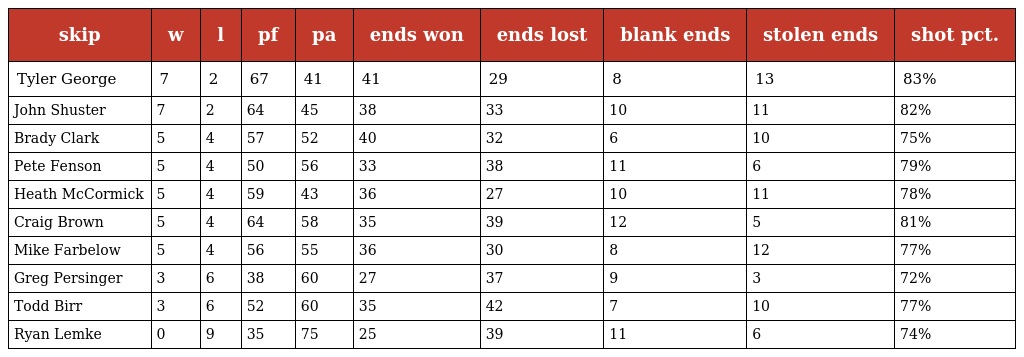
| skip | w | l | pf | pa | ends won | ends lost | blank ends | stolen ends | shot pct. |
 | --- | --- | --- | --- | --- | --- | --- | --- | --- | --- |
 | Tyler George | 7 | 2 | 67 | 41 | 41 | 29 | 8 | 13 | 83% |
 | John Shuster | 7 | 2 | 64 | 45 | 38 | 33 | 10 | 11 | 82% |
 | Brady Clark | 5 | 4 | 57 | 52 | 40 | 32 | 6 | 10 | 75% |
 | Pete Fenson | 5 | 4 | 50 | 56 | 33 | 38 | 11 | 6 | 79% |
 | Heath McCormick | 5 | 4 | 59 | 43 | 36 | 27 | 10 | 11 | 78% |
 | Craig Brown | 5 | 4 | 64 | 58 | 35 | 39 | 12 | 5 | 81% |
 | Mike Farbelow | 5 | 4 | 56 | 55 | 36 | 30 | 8 | 12 | 77% |
 | Greg Persinger | 3 | 6 | 38 | 60 | 27 | 37 | 9 | 3 | 72% |
 | Todd Birr | 3 | 6 | 52 | 60 | 35 | 42 | 7 | 10 | 77% |
 | Ryan Lemke | 0 | 9 | 35 | 75 | 25 | 39 | 11 | 6 | 74% |